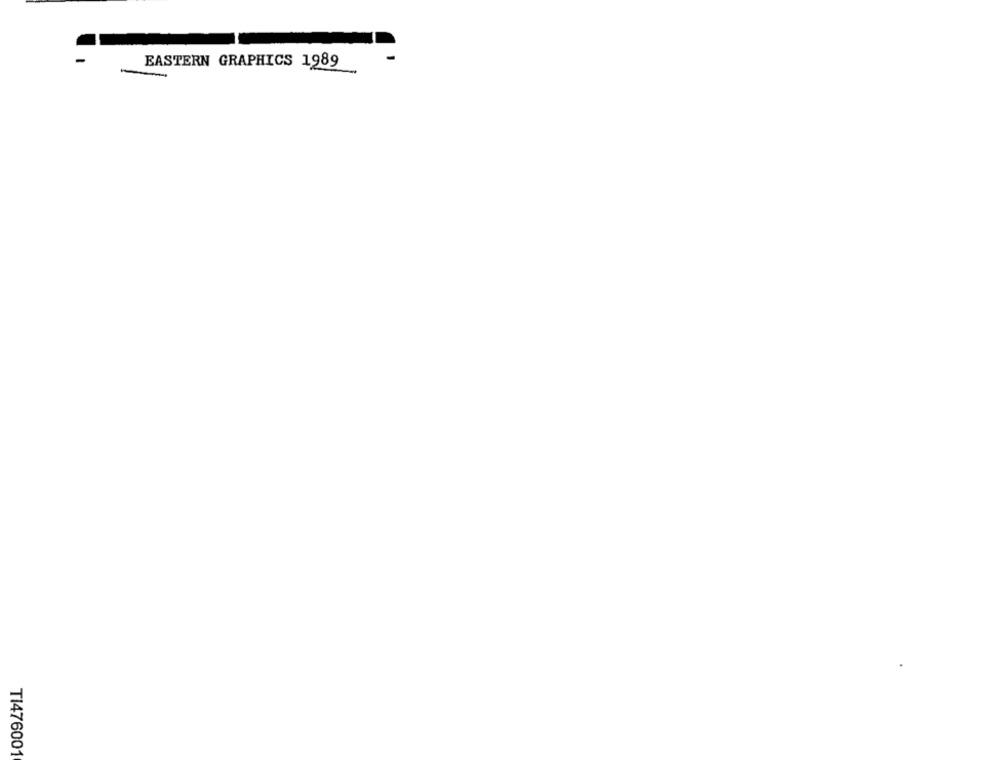
EASTERN GRAPHICS 1989
-
TI476001